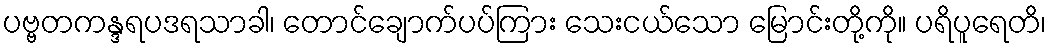
ပဗ္ဗတကန္ဒရပဒရသာခါ၊ တောင်ချောက်ပပ်ကြား သေးငယ်သော မြောင်းတို့ကို။ ပရိပူရေတိ၊